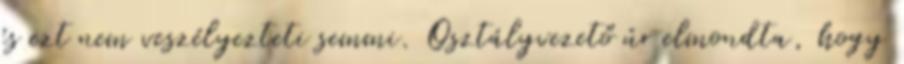
és ezt nem veszélyezteti semmi. Osztályvezető úr elmondta, hogy